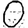
Digit: 0